NAE_ERA_R-2078_Sihtasutus_Eesti_Kontsert, lk 171
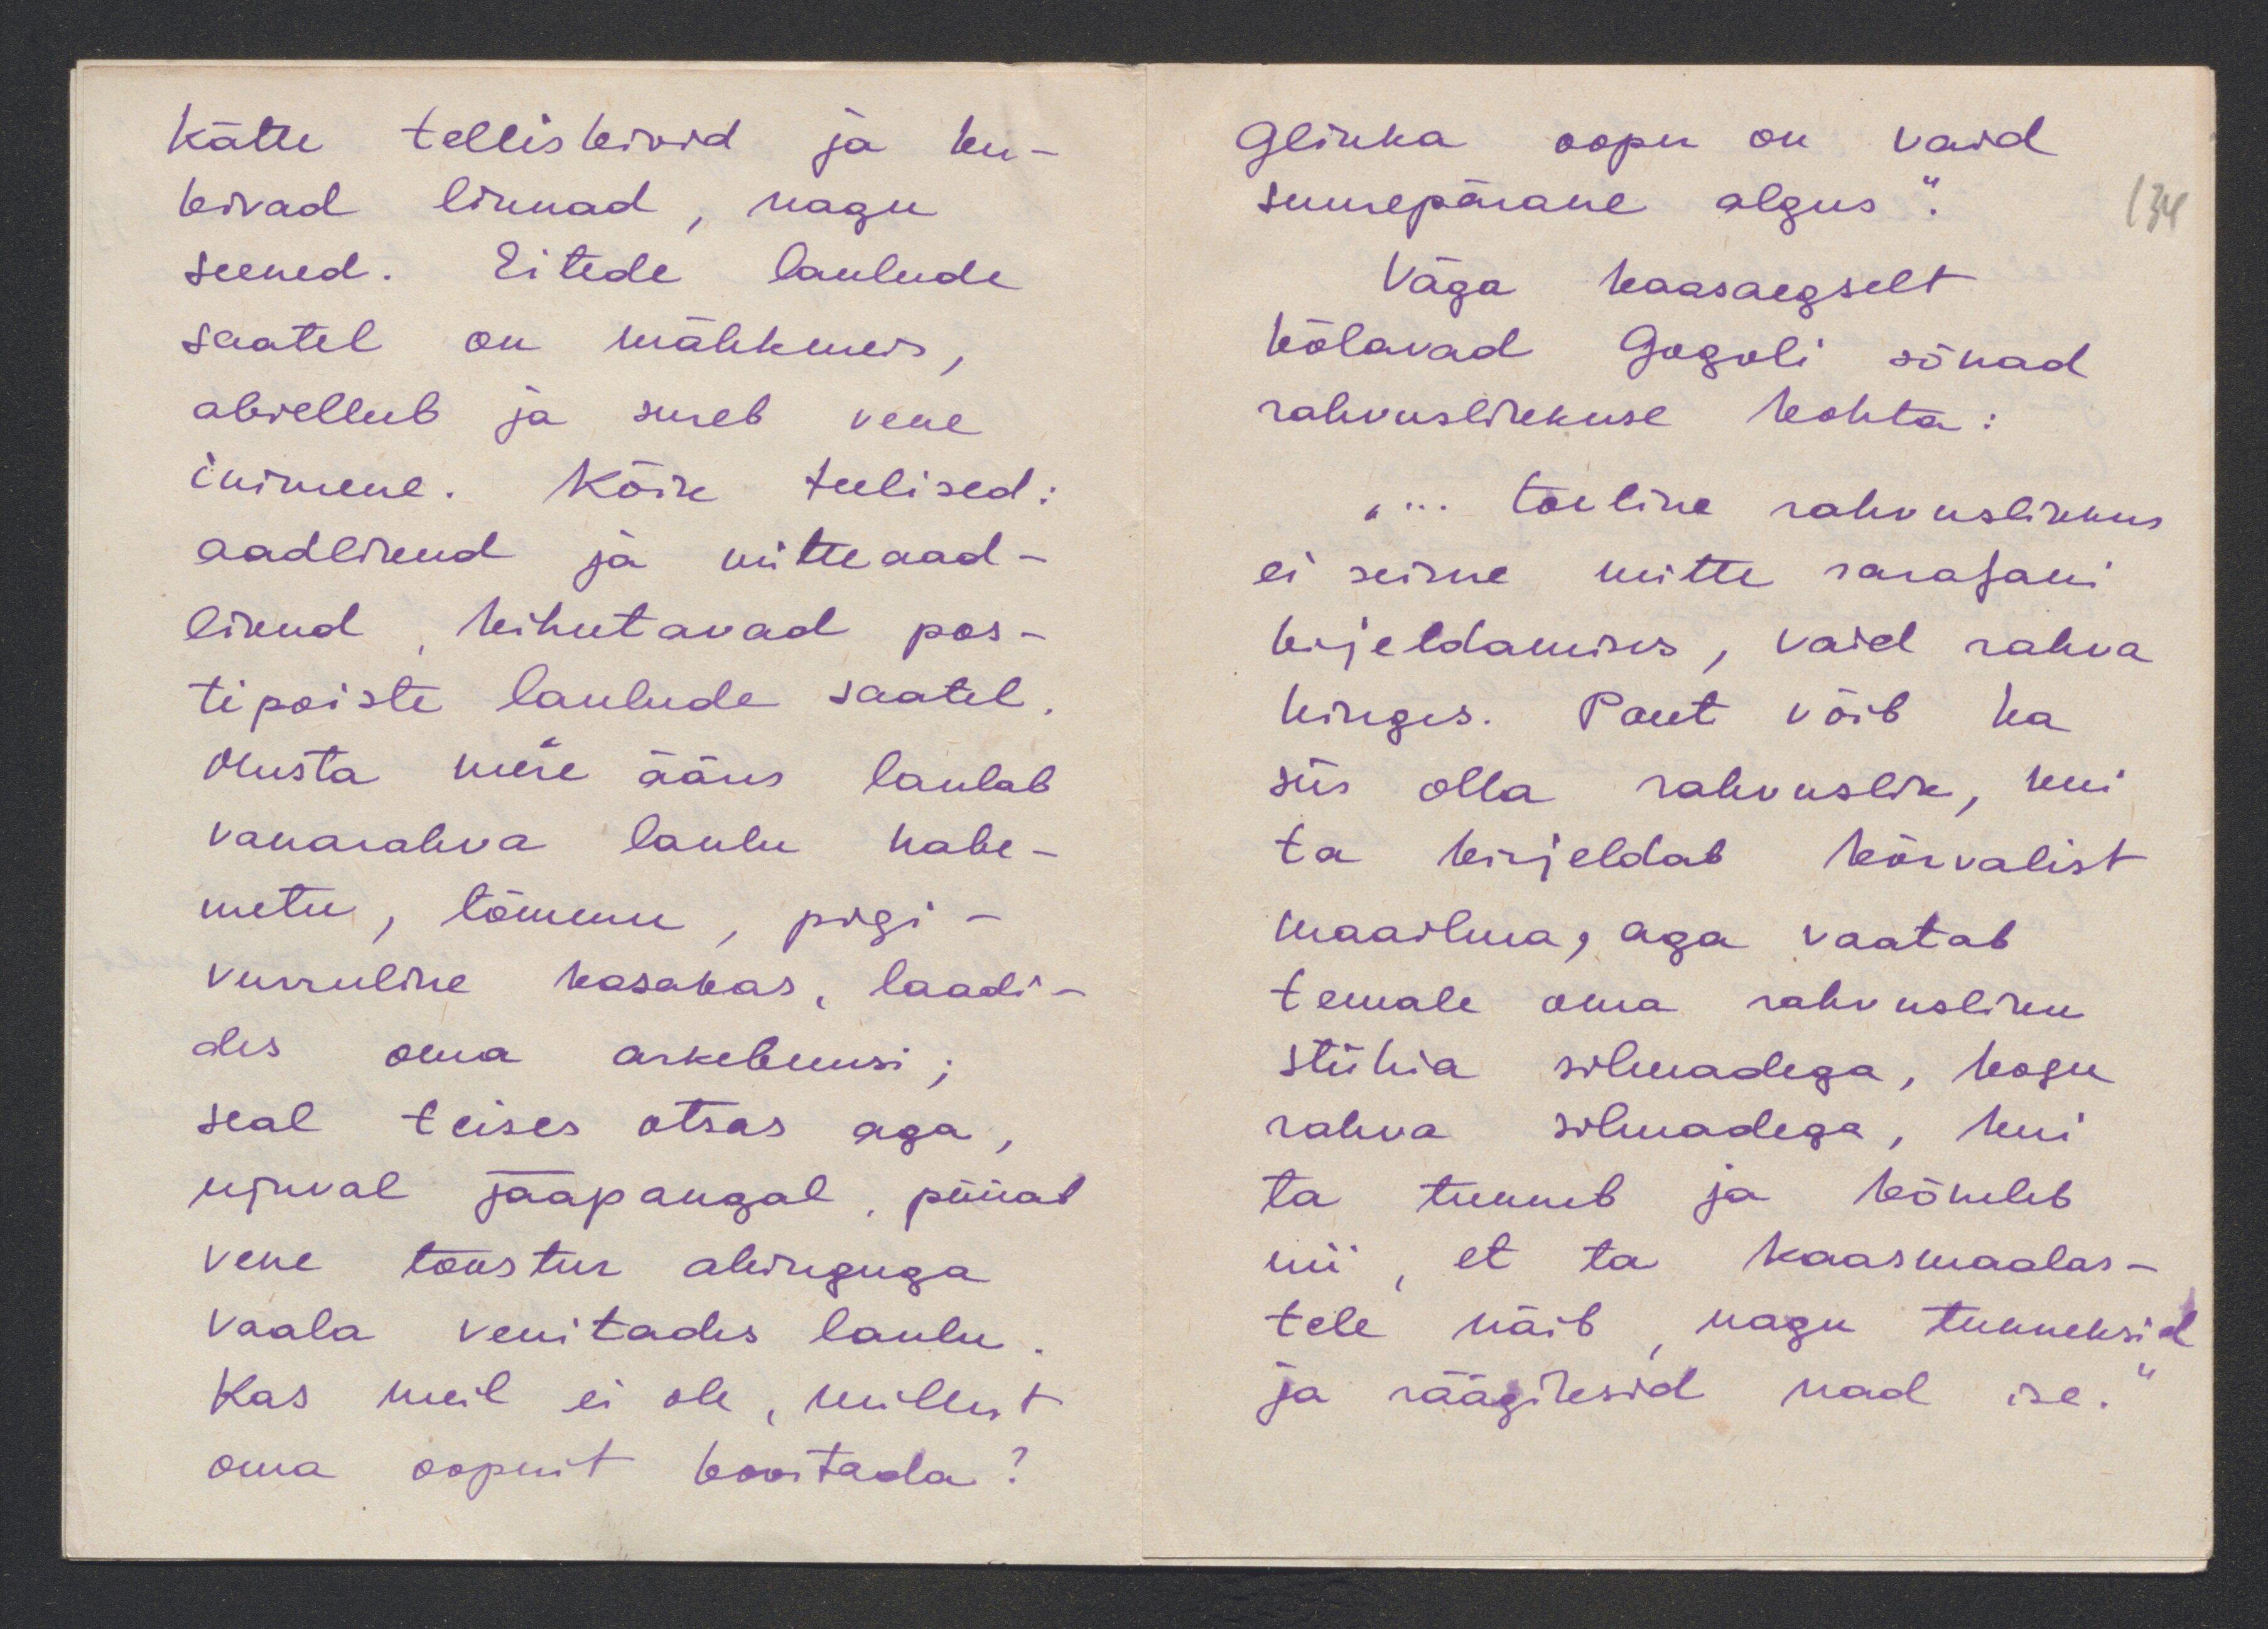
Kätte telliskivid ja ker-
kivad linnad, nagu
seened. Eitede laulude
saatel on mähkmes,
abiellub ja sureb vene
inimene. Kõik teelised:
aadlikud ja mitteaad-
likud kihutavad pos-
tipoiste laulude saatel.
Musta mere ääres laulab
vanarahva laulu habe-
metu, tõmmu, pigi-
vurruline kasakas, laadi-
des oma arkebuusi;
seal teises otsas aga,
ujuval jääpangal, püüab
Vene tööstur ahinguga
Vaala venitades laulu.
Kas meil ei ole, millest
oma ooperit koostada?

Glinka ooper on vaid
suurepärane algus.
134
Väga kaasaegselt
Kõlavad Gogoli sõnad
rahvuslikkuse kohta:
"... tõeline rahvuslikkus
ei seisne mitte sarafani
kirjeldamises, vaid rahva
hinges. Poeet võib ka
siis olla rahvuslik, kui
ta kirjeldab kõrvalist
maailma, aga vaatab
temale oma rahvusliku
stiihia silmadega, kogu
rahva silmadega, kui
ta tunneb ja kõneleb
nii, et ta kaasmaalas-
tele näib, nagu tunneksid
ja räägiksid nad ise."